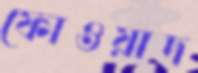
ফোওয়াদ